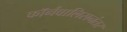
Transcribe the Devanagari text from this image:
कॉर्नवालिसनंतर